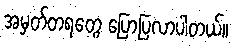
အမှတ်တရတွေ ပြောပြလာပါတယ်။